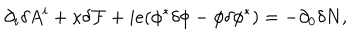
\partial _ { i } \delta A ^ { i } + \kappa { \cal \delta F } + i e ( \phi ^ { * } \delta \phi - \phi \delta \phi ^ { * } ) = - \partial _ { 0 } \delta N ,